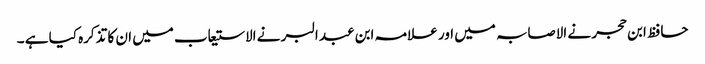
حافظ ابن حجر نے الاصابہ میں اور علامہ ابن عبد البر نے الاستیعاب میں ان کا تذکرہ کیا ہے ۔